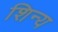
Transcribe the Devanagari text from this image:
शिन्य